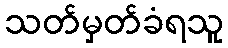
သတ်မှတ်ခံရသူ